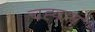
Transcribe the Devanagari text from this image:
चह्वान